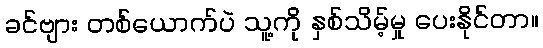
ခင်ဗျား တစ်ယောက်ပဲ သူ့ကို နှစ်သိမ့်မှု ပေးနိုင်တာ။